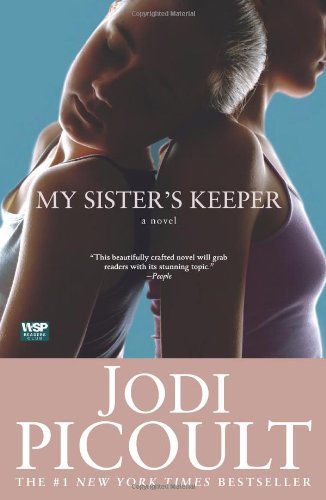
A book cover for My Sister's Keeper: A Novel (Wsp Readers Club); Jodi Picoult; Literature & Fiction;